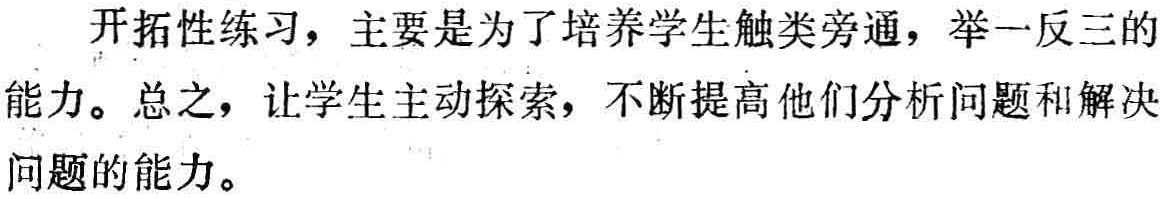
开拓性练习，主要是为了培养学生触类旁通，举一反三的能力。总之，让学生主动探索，不断提高他们分析问题和解决问题的能力。